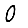
Digit: 0